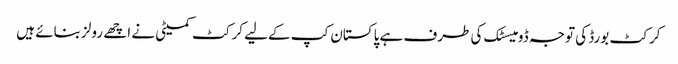
کرکٹ بورڈ کی توجہ ڈومیسٹک کی طرف ہے پاکستان کپ کےلیے کرکٹ کمیٹی نے اچھے رولز بنائے ہیں